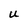
Character: U